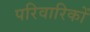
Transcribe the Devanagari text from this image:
परिवारिकों